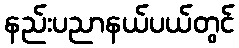
နည်းပညာနယ်ပယ်တွင်